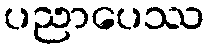
ပညာပေဿ